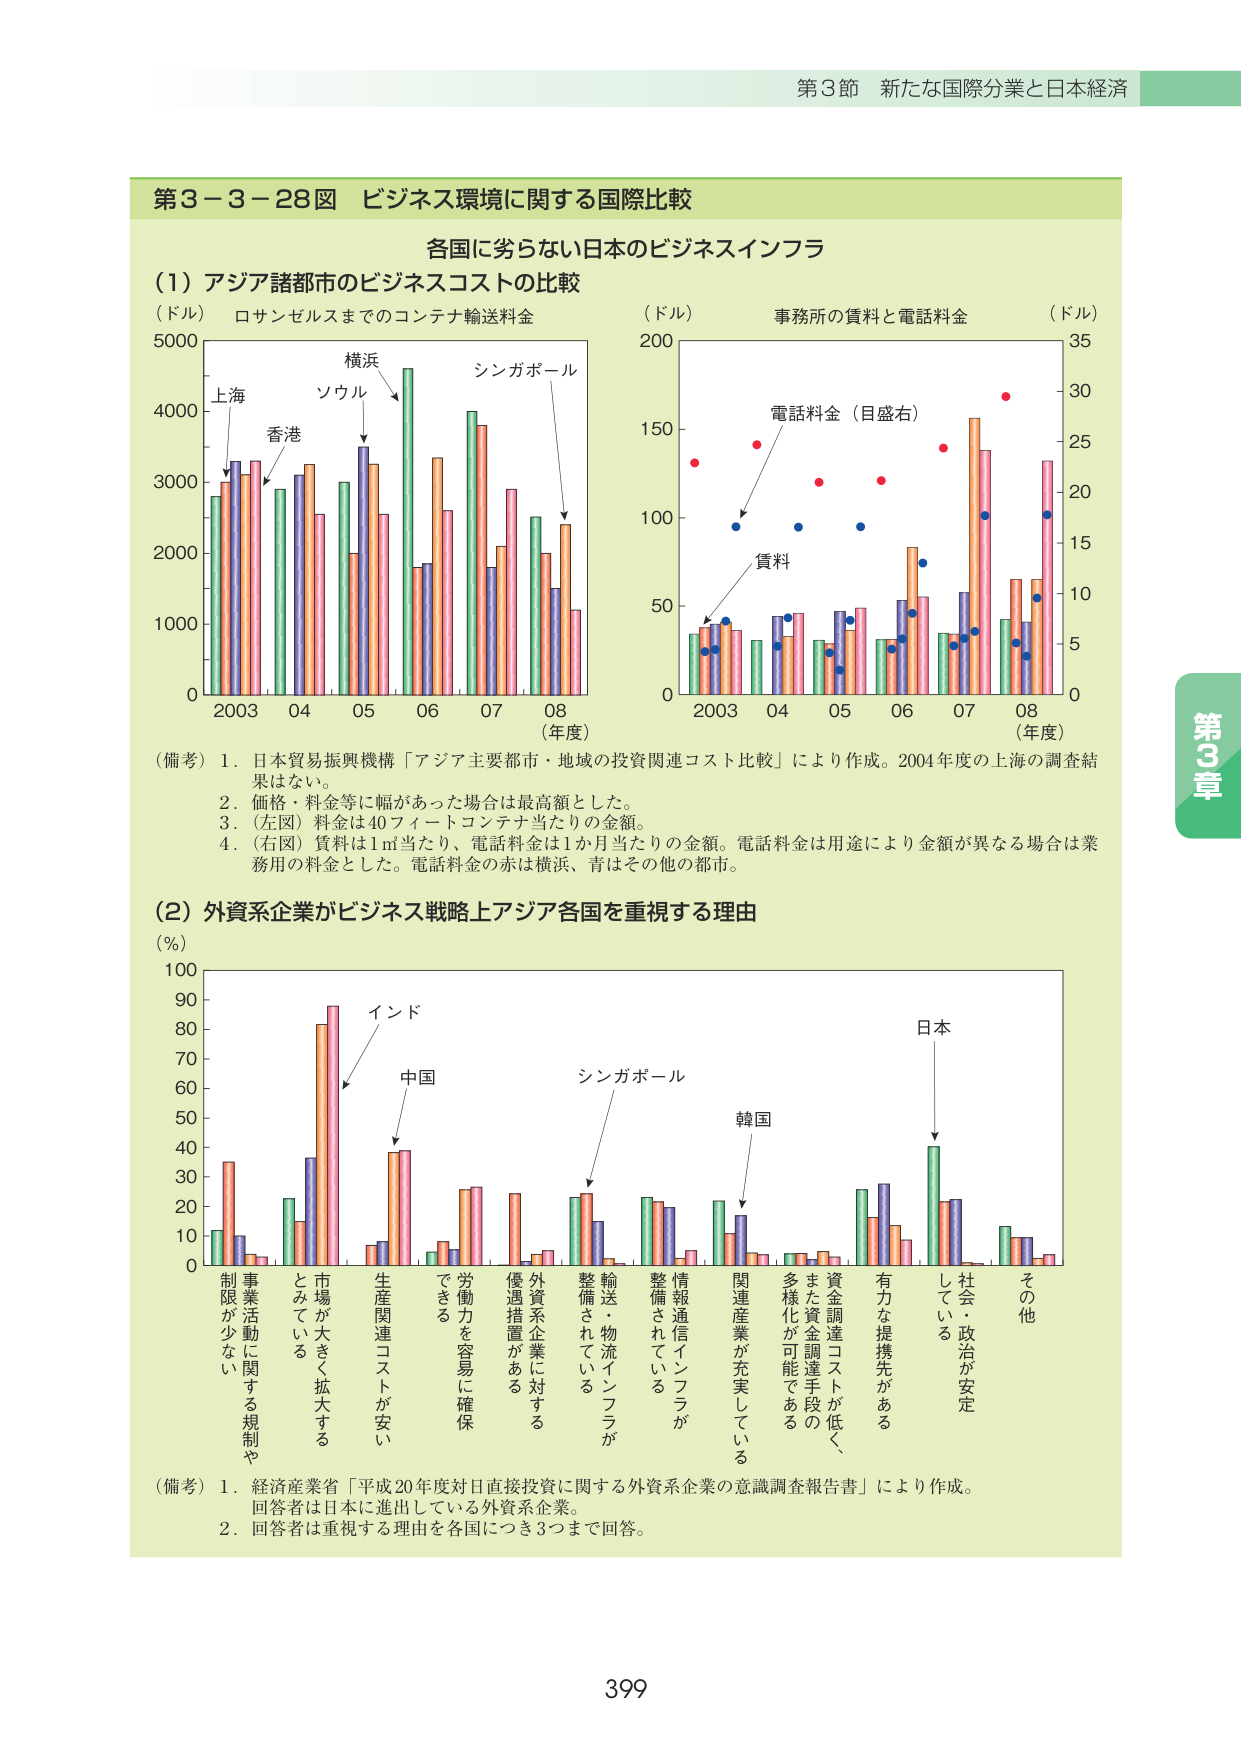
第3節 新たな国際分業と日本経済

第3－3－28図 ビジネス環境に関する国際比較

各国に劣らない日本のビジネスインフラ

（1）アジア諸都市のビジネスコストの比較

（ドル） ロサンゼルスまでのコンテナ輸送料金

5000
4000
3000
2000
1000
0
2003 04 05 06 07 08 （年度）

横浜
上海
香港
ソウル
シンガポール

（ドル） 事務所の賃料と電話料金

200
150
100
50
0
2003 04 05 06 07 08 （年度）

電話料金（目盛右）
賃料

（ドル）
35
30
25
20
15
10
5
0

（備考）1．日本貿易振興機構「アジア主要都市・地域の投資関連コスト比較」により作成。2004年度の上海の調査結果はない。
2．価格・料金等に幅があった場合は最高額とした。
3．（左図）料金は40フィートコンテナ当たりの金額。
4．（右図）賃料は1㎡当たり、電話料金は1か月当たりの金額。電話料金は用途により金額が異なる場合は業務用の料金とした。電話料金の赤は横浜、青はその他の都市。

（2）外資系企業がビジネス戦略上アジア各国を重視する理由

（％）
100
90
80
70
60
50
40
30
20
10
0

制限が少ない
事業活動に関する規制や
とみている
市場が大きく拡大する
生産関連コストが安い
できる
労力を容易に確保
優遇措置がある
外資系企業に対する
整備されている
輸送・物流インフラが
整備されている
情報通信インフラが
関連産業が充実している
多様化が可能である
また資金調達手段の
資金調達コストが低く、
有力な提携先がある
している
社会・政治が安定
その他

インド
中国
シンガポール
韓国
日本

（備考）1．経済産業省「平成20年度対日直接投資に関する外資系企業の意識調査報告書」により作成。回答者は日本に進出している外資系企業。
2．回答者は重視する理由を各国につき3つまで回答。

第3章

399